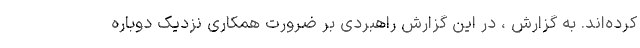
کرده‌اند. به گزارش ، در این گزارش راهبردی بر ضرورت همکاری نزدیک دوباره